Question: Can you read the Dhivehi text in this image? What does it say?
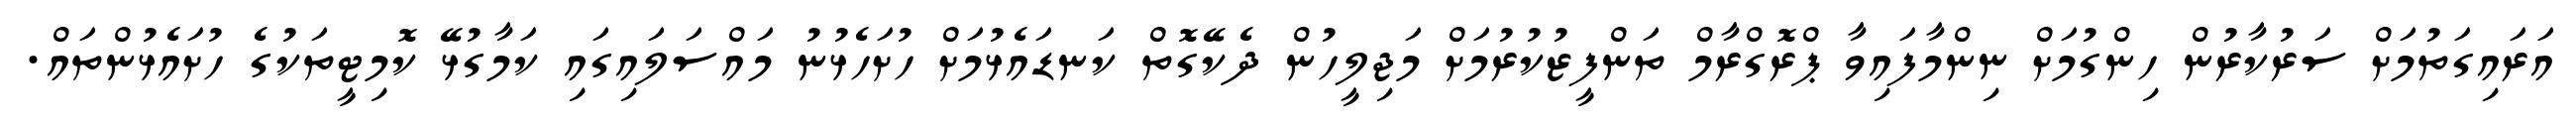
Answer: އަރައިގަތުމަށް ސަރުކާރުން ހިންގުމަށް ނިންމާފައިވާ ޕްރޮގްރާމް ތަންފީޒުކުރުމަށް މަޖިލީހުން ދެކޭގޮތް ކަނޑައެޅުމަށް ހުށަހެޅުނު މައްސަލައިގައި ކަމާގުޅޭ ކޮމިޓީތަކުގެ ހުށައެޅުންތައް.